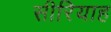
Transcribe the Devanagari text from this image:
सीरियाह